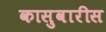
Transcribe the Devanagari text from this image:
कासुवारीस